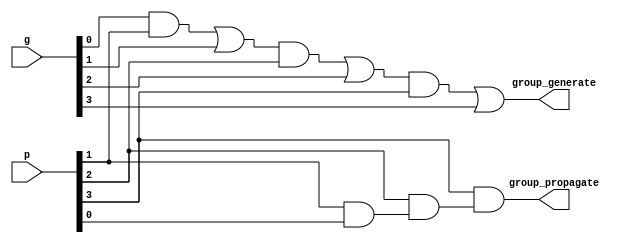
`timescale 1ns / 1ps
//////////////////////////////////////////////////////////////////////////////////
// Company: 
// Engineer: 
// 
// Design Name: 
// Module Name: BC
// Project Name: 
// Target Devices: 
// Tool Versions: 
// Description: 
// 
// Dependencies: 
// 
// Revision:
// Revision 0.01 - File Created
// Additional Comments:
// 
//////////////////////////////////////////////////////////////////////////////////


module BC #(parameter Cell_Width=4)(output group_generate, output group_propagate,input [Cell_Width-1:0]g,input [Cell_Width-1:0]p);
wire [Cell_Width-1:0]genAnd;
wire [Cell_Width-1:0]genOr;
wire [Cell_Width-1:0]gp;

assign genOr[0]=g[0];
assign gp[0]=p[0];
genvar i;
generate
    for(i=0;i<Cell_Width-1;i=i+1)
        begin
            and m1(genAnd[i],genOr[i],p[i+1]);
            or m2(genOr[i+1],genAnd[i],g[i+1]);
            and m3(gp[i+1],p[i+1],gp[i]);
        end
endgenerate

assign group_generate=genOr[Cell_Width-1];
assign group_propagate=gp[Cell_Width-1];

endmodule